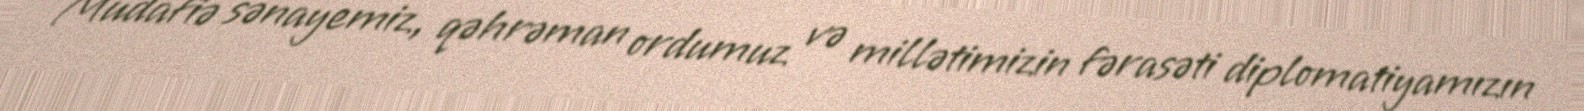
Müdafiə sənayemiz, qəhrəman ordumuz və millətimizin fərasəti diplomatiyamızın